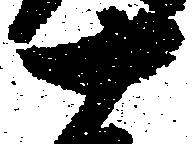
十